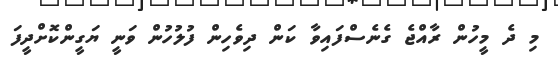
މި ދެ މީހުން ރާއްޖެ ގެނެސްފައިވާ ކަން ދިވެހިން ފުލުހުން ވަނީ ޔަގީންކޮށްދީފަ